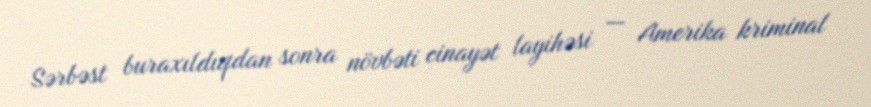
Sərbəst buraxıldıqdan sonra növbəti cinayət layihəsi — Amerika kriminal